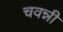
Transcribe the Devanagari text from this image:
चवन्नी